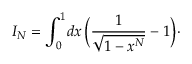
I _ { N } = \int _ { 0 } ^ { 1 } \! d x \, \Bigl ( { \frac { 1 } { \sqrt { 1 - x ^ { N } } } } - 1 \Bigr ) \cdotp